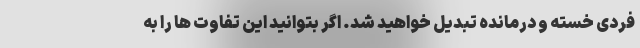
فردی خسته و درمانده تبدیل خواهید شد. اگر بتوانید این تفاوت ها را به